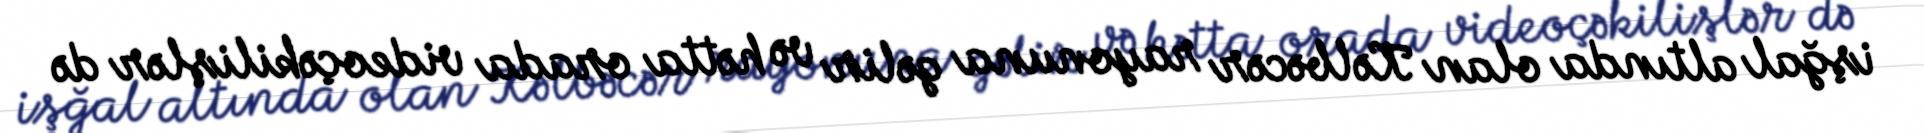
işğal altında olan Kəlbəcər rayonuna gəlir və hətta orada videoçəkilişlər də